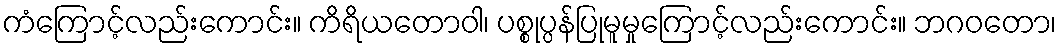
ကံကြောင့်လည်းကောင်း။ ကိရိယတောဝါ၊ ပစ္စုပ္ပန်ပြုမူမှုကြောင့်လည်းကောင်း။ ဘဂဝတော၊